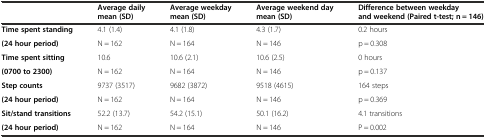
<table><thead><tr><td></td><td><b>Average daily mean (SD)</b></td><td><b>Average weekday mean (SD)</b></td><td><b>Average weekend day mean (SD)</b></td><td><b>Difference between weekday and weekend (Paired t-test; n = 146)</b></td></tr></thead><tbody><tr><td><b>Time spent standing</b></td><td>4.1 (1.4)</td><td>4.1 (1.8)</td><td>4.3 (1.7)</td><td>0.2 hours</td></tr><tr><td><b>(24 hour period)</b></td><td>N = 162</td><td>N = 164</td><td>N = 146</td><td>p = 0.308</td></tr><tr><td><b>Time spent sitting</b></td><td>10.6</td><td>10.6 (2.1)</td><td>10.6 (2.5)</td><td>0 hours</td></tr><tr><td><b>(0700 to 2300)</b></td><td>N = 162</td><td>N = 164</td><td>N = 146</td><td>p = 0.137</td></tr><tr><td><b>Step counts</b></td><td>9737 (3517)</td><td>9682 (3872)</td><td>9518 (4615)</td><td>164 steps</td></tr><tr><td><b>(24 hour period)</b></td><td>N = 162</td><td>N = 164</td><td>N = 146</td><td>p = 0.369</td></tr><tr><td><b>Sit/stand transitions</b></td><td>52.2 (13.7)</td><td>54.2 (15.1)</td><td>50.1 (16.2)</td><td>4.1 transitions</td></tr><tr><td><b>(24 hour period)</b></td><td>N = 162</td><td>N = 164</td><td>N = 146</td><td>P = 0.002</td></tr></tbody></table>